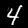
Digit: 4